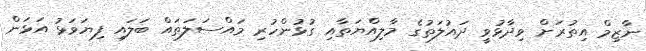
ނާޒިމް އިތުރަށް ވިދާޅުވީ ދައުލަތުގެ މާލިއްޔަތާއި ގުޅުންހުރި މައްސަލަތައް ބަލައި ފިޔަވަޅު އަޅަން